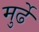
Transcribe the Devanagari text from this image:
मुर्ढे